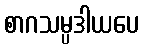
စာဂသမ္ပဒါယပေ